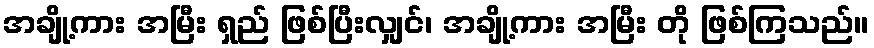
အချို့ကား အမြီး ရှည် ဖြစ်ပြီးလျှင်၊ အချို့ကား အမြီး တို ဖြစ်ကြသည်။